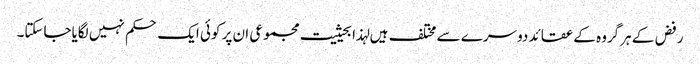
رفض کے ہرگروہ کے عقائد دوسرے سے مختلف ہیں لہذا بحیثیت مجموعی ان پر کوئی ایک حکم نہیں لگایاجاسکتا۔